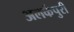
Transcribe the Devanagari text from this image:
अलर्कपुरी